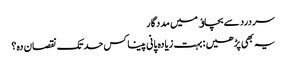
سردرد سے بچاﺅ میں مددگار
یہ بھی پڑھیں : بہت زیادہ پانی پینا کس حد تک نقصان دہ؟